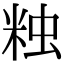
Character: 𧊾